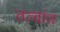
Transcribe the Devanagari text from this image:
तत्वांत